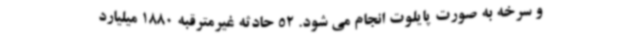
و سرخه به صورت پایلوت انجام می شود. 52 حادثه غیرمترقبه 1880 میلیارد